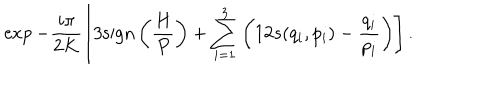
\exp - \frac { i \pi } { 2 K } \left[ 3 \mathrm { s i g n } \left( \frac { H } { P } \right) + \sum _ { i = 1 } ^ { 3 } \left( 1 2 s ( q _ { i } , p _ { i } ) - \frac { q _ { i } } { p _ { i } } \right) \right] .